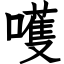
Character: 嚄